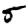
Digit: 5